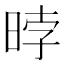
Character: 㫲